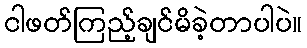
ငါဖတ်ကြည့်ချင်မိခဲ့တာပါပဲ။